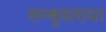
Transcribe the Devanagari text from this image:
सम्बुवारायर